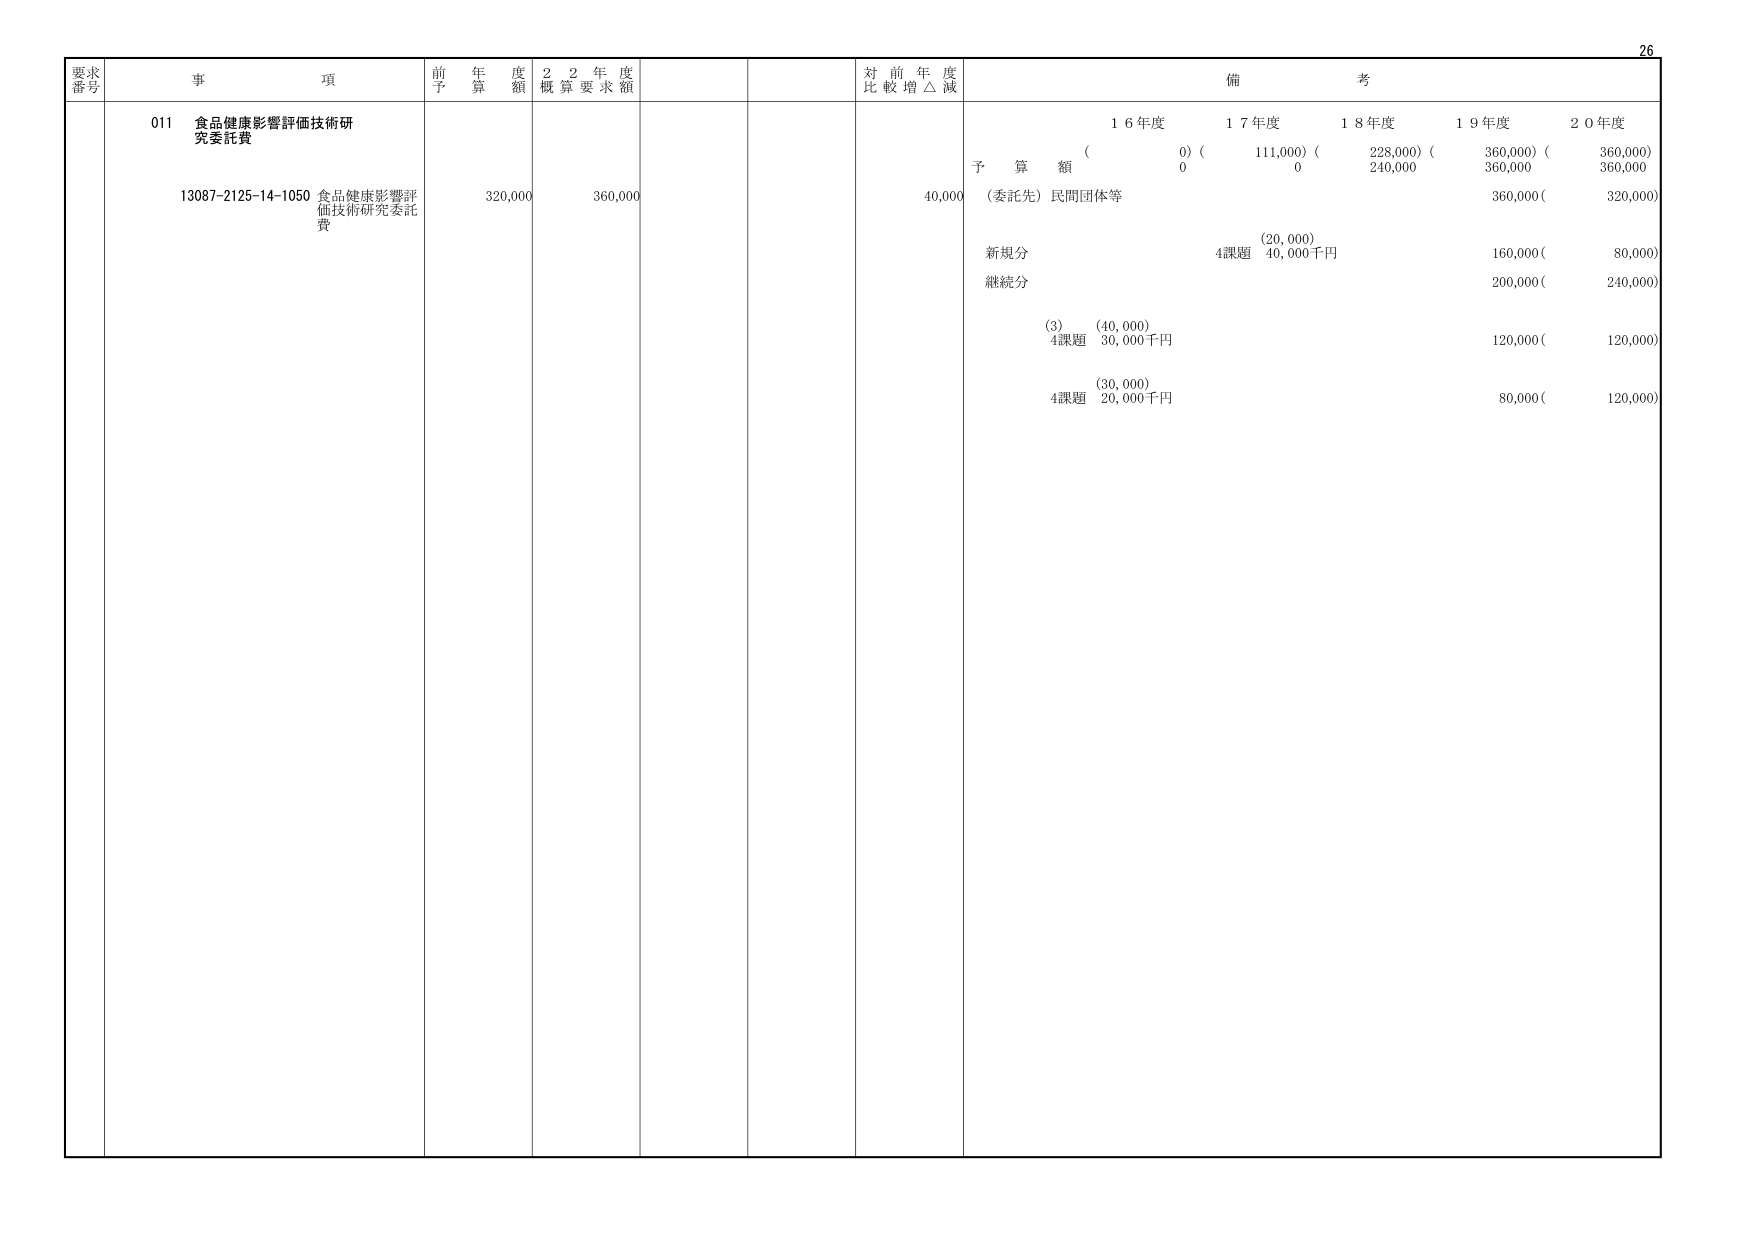
要求番号 事項 前年度予算額 22年度概算要求額 対前年度比較増△減 備考
011 食品健康影響評価技術研究委託費
13087-2125-14-1050 食品健康影響評価技術研究委託費 320,000 360,000 40,000
16年度 17年度 18年度 19年度 20年度
予算額 (0) (111,000) (228,000) (360,000) (360,000)
0 0 240,000 360,000 360,000
(委託先) 民間団体等 360,000( 320,000)
新規分 (20,000) 4課題 40,000千円 160,000( 80,000)
継続分 200,000( 240,000)
(3) (40,000) 4課題 30,000千円 120,000( 120,000)
(30,000) 4課題 20,000千円 80,000( 120,000)
26